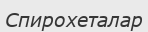
Спирохеталар